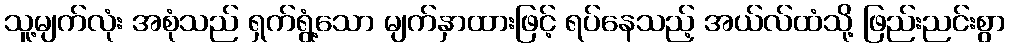
သူ့မျက်လုံး အစုံသည် ရှက်ရွံ့သော မျက်နှာထားဖြင့် ရပ်နေသည့် အယ်လ်ထံသို့ ဖြည်းညင်းစွာ